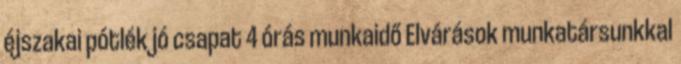
éjszakai pótlék jó csapat 4 órás munkaidő Elvárások munkatársunkkal